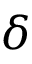
\delta